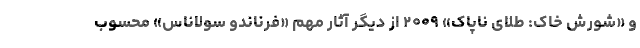
و «شورش خاک: طلای ناپاک» ۲۰۰۹ از دیگر آثار مهم «فرناندو سولاناس» محسوب